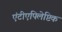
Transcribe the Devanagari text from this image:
एंटीएपिलेप्टिक